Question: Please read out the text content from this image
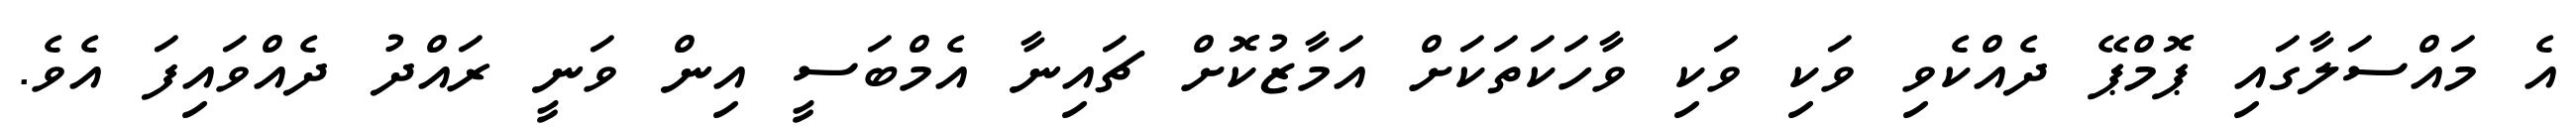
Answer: އެ މައްސަލާގައި ޕޮމްޕޭ ދެއްކެވި ވަކި ވަކި ވާހަކަތަކަށް އަމާޒުކޮށް ޗައިނާ އެމްބަސީ އިން ވަނީ ރައްދު ދެއްވައިފަ އެވެ.